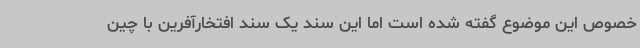
خصوص این موضوع گفته شده است اما این سند یک سند افتخارآفرین با چین